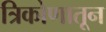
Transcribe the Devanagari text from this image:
त्रिकोणातून